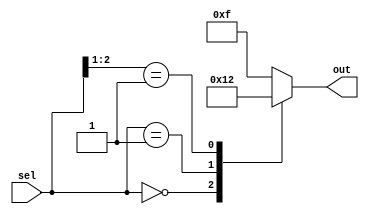
module casez_example (
    input [2:0] sel,
    output reg [3:0] out
);

always @*
begin
    casez(sel)
        3'b000: out = 4'b0000; // if sel is 000, set out to 0000
        3'b001: out = 4'b0001; // if sel is 001, set out to 0001
        3'b01?: out = 4'b0010; // if sel is 010 or 011, set out to 0010
        default: out = 4'b1111; // for all other cases, set out to 1111
    endcase
end

endmodule